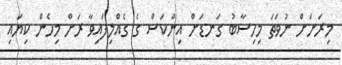
މިރަށަށް ނުވަތަ މިހިސާބު ގަނޑަށް އިންކަސް ގެ ގެއްލިފައިވާ ރަށް މިހެން ކިޔައި